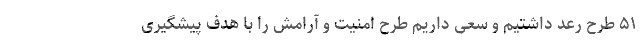
۵۱ طرح رعد داشتیم و سعی داریم طرح امنیت و آرامش را با هدف پیشگیری